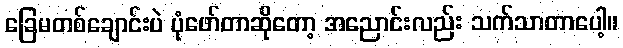
ခြေမတစ်ချောင်းပဲ ပုံဖော်တာဆိုတော့ အညောင်းလည်း သက်သာတာပေါ့။